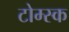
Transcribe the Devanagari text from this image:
टोम्स्क